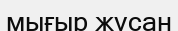
мығыр жусан